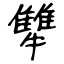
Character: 犨